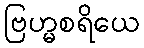
ဗြဟ္မစရိယေ